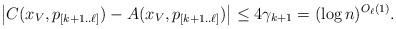
LaTeX: \begin{align*}\big| C(x_V, p_{[k+1..\ell]}) - A(x_V, p_{[k+1..\ell]}) \big| \leq 4 \gamma_{k+1} = (\log n)^{O_\ell(1)}.\end{align*}